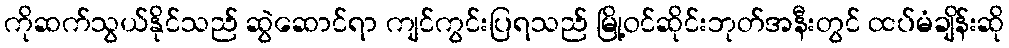
ကိုဆက်သွယ်နိုင်သည် ဆွဲဆောင်ရာ ကျင်ကွင်းပြရသည် မြို့ဝင်ဆိုင်းဘုတ်အနီးတွင် ထပ်မံချိန်းဆို